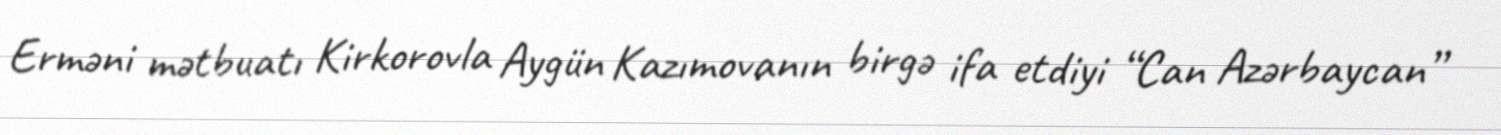
Erməni mətbuatı Kirkorovla Aygün Kazımovanın birgə ifa etdiyi “Can Azərbaycan”